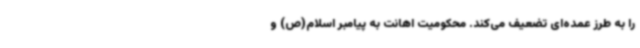
را به طرز عمده‌ای تضعیف می‌کند. محکومیت اهانت به پیامبر اسلام(ص) و